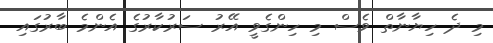
މި ދެ ހިޔާނާތް ވެސް މި ހިންގެވީ އޭރު ސަރުކާރުގެ އެންމެ ބާރުގައި